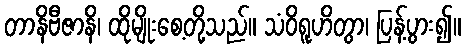
တာနိဗီဇာနိ၊ ထိုမျိုးစေ့တို့သည်။ သံဝိရူဟိတွာ၊ ပြန့်ပွား၍။